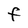
Character: F